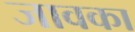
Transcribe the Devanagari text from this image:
जावका